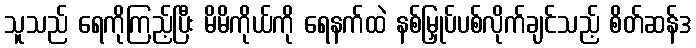
သူသည် ရေကိုကြည့်ပြီး မိမိကိုယ်ကို ရေနက်ထဲ နစ်မြှုပ်ပစ်လိုက်ချင်သည့် စိတ်ဆန်ဒ